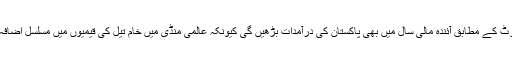
فچ کی رپورٹ کے مطابق آئندہ مالی سال میں بھی پاکستان کی درآمدات بڑھیں گی کیونکہ عالمی منڈی میں خام تیل کی قیمیوں میں مسلسل اضافہ ہو رہا ہے۔